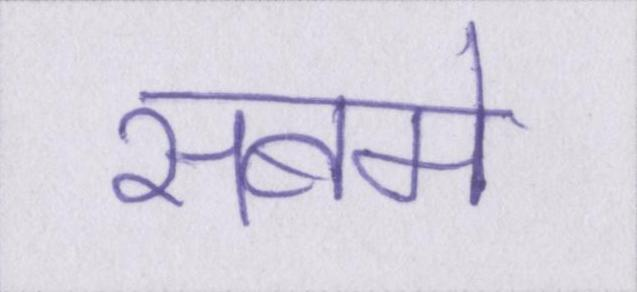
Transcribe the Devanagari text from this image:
सबमे